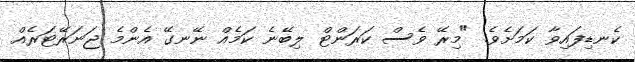
ކެނޑިފައިވާ ކަމަށެވެ. "މިރޭ ވެސް ކަރަންޓް ލިބޭނެ ކަމެއް ނޭނގޭ އެންމެ ޖަނަރޭޓަރެއް